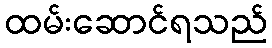
ထမ်းဆောင်ရသည်